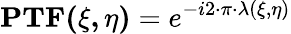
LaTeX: \mathbf{PTF(\xi,\eta)}=e^{-i2\cdot\pi\cdot\lambda(\xi,\eta)}